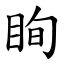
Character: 眴